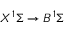
X ^ { 1 } \Sigma \rightarrow B ^ { 1 } \Sigma